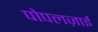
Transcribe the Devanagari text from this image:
पोपलज़ाई